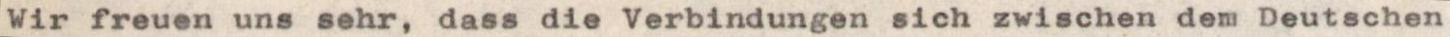
Wir freuen uns sehr, dass die Verbindungen sich zwischen dem Deutschen